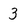
Character: 3